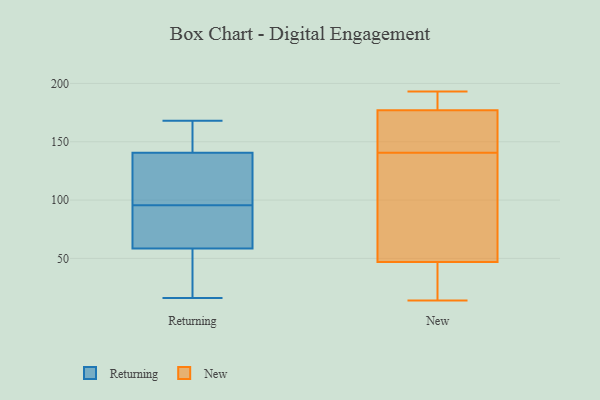
{"axis": {"x": "Website Visitors", "y": "Value"}, "legend": ["New", "Returning"], "data": [{"x": "", "y": 16, "type": "Returning"}, {"x": "", "y": 82, "type": "Returning"}, {"x": "", "y": 168, "type": "Returning"}, {"x": "", "y": 133, "type": "Returning"}, {"x": "", "y": 109, "type": "Returning"}, {"x": "", "y": 57, "type": "Returning"}, {"x": "", "y": 148, "type": "Returning"}, {"x": "", "y": 127, "type": "Returning"}, {"x": "", "y": 80, "type": "Returning"}, {"x": "", "y": 157, "type": "Returning"}, {"x": "", "y": 20, "type": "Returning"}, {"x": "", "y": 60, "type": "Returning"}, {"x": "", "y": 112, "type": "New"}, {"x": "", "y": 190, "type": "New"}, {"x": "", "y": 146, "type": "New"}, {"x": "", "y": 192, "type": "New"}, {"x": "", "y": 141, "type": "New"}, {"x": "", "y": 140, "type": "New"}, {"x": "", "y": 188, "type": "New"}, {"x": "", "y": 128, "type": "New"}, {"x": "", "y": 47, "type": "New"}, {"x": "", "y": 145, "type": "New"}, {"x": "", "y": 177, "type": "New"}, {"x": "", "y": 46, "type": "New"}, {"x": "", "y": 47, "type": "New"}, {"x": "", "y": 14, "type": "New"}, {"x": "", "y": 168, "type": "New"}, {"x": "", "y": 24, "type": "New"}, {"x": "", "y": 77, "type": "New"}, {"x": "", "y": 193, "type": "New"}]}